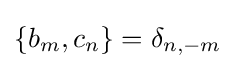
\{b_{m},c_{n}\}=\delta _{n,-m}